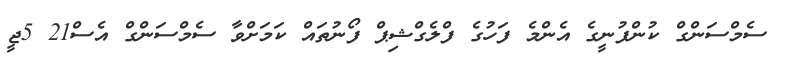
ސެމްސަންގް ކުންފުނީގެ އެންމެ ފަހުގެ ފްލެގްޝިޕް ފޯނުތައް ކަމަށްވާ ސެމްސަންގް އެސް21 5ޖީ